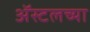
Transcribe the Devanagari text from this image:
ॲस्टलच्या